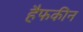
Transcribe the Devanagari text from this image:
हैफकीन